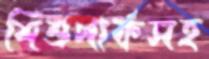
শিশুপার্কসহ